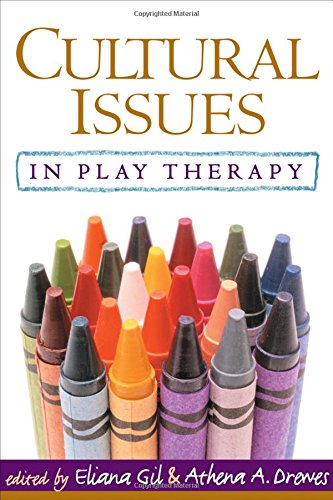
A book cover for Cultural Issues in Play Therapy; Medical Books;